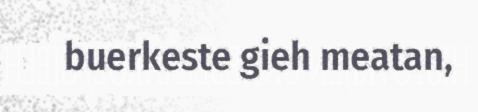
buerkeste gieh meatan,